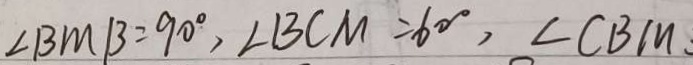
\angle B M B = 9 0 ^ { \circ } , \angle B C M = 6 0 ^ { \circ } , \angle C B M